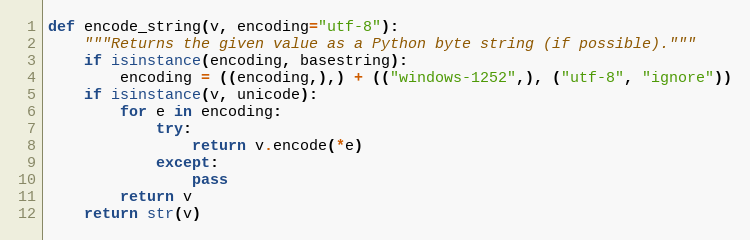
Language: Python
def encode_string(v, encoding="utf-8"):
    """Returns the given value as a Python byte string (if possible)."""
    if isinstance(encoding, basestring):
        encoding = ((encoding,),) + (("windows-1252",), ("utf-8", "ignore"))
    if isinstance(v, unicode):
        for e in encoding:
            try:
                return v.encode(*e)
            except:
                pass
        return v
    return str(v)